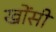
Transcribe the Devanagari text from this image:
खोंसी